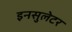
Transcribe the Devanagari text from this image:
इनसुलेटर